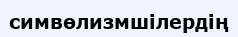
симвөлизмшілердің